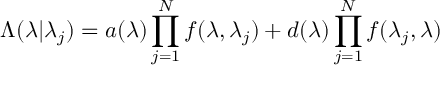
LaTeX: \Lambda ( \lambda | { \lambda _ { j } } ) = a ( \lambda ) \prod _ { j = 1 } ^ { N } f ( \lambda , \lambda _ { j } ) + d ( \lambda ) \prod _ { j = 1 } ^ { N } f ( \lambda _ { j } , \lambda )